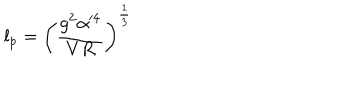
LaTeX: l _ { p } = \left( \frac { g ^ { 2 } \alpha ^ { 4 } } { V R } \right) ^ { \frac { 1 } { 3 } }